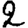
Digit: 2